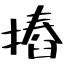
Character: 摏